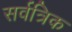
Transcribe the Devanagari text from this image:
सर्वत्रिक